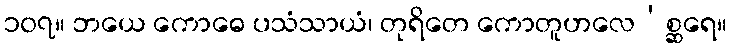
၁၀၇။ ဘယေ ကောဓေ ပသံသာယံ၊ တုရိတေ ကောတူဟလေ’စ္ဆရေ။